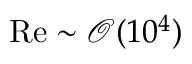
{ \mathrm { R e } } \sim \mathcal { O } ( 1 0 ^ { 4 } )